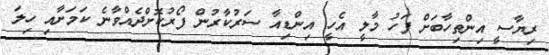
ރިޔާސީ އިންތިހާބަށް ފަހު މާލީ އެހީ އިންޑިއާ ސަރުކާރުން ފޯރުކޮށްދެއްވާނެ ކަމަށާއި ހިލަ